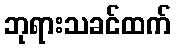
ဘုရားသခင်ထက်